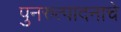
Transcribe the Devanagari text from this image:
पुनरुत्पादनाचे